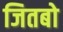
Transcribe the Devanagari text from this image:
जितबो